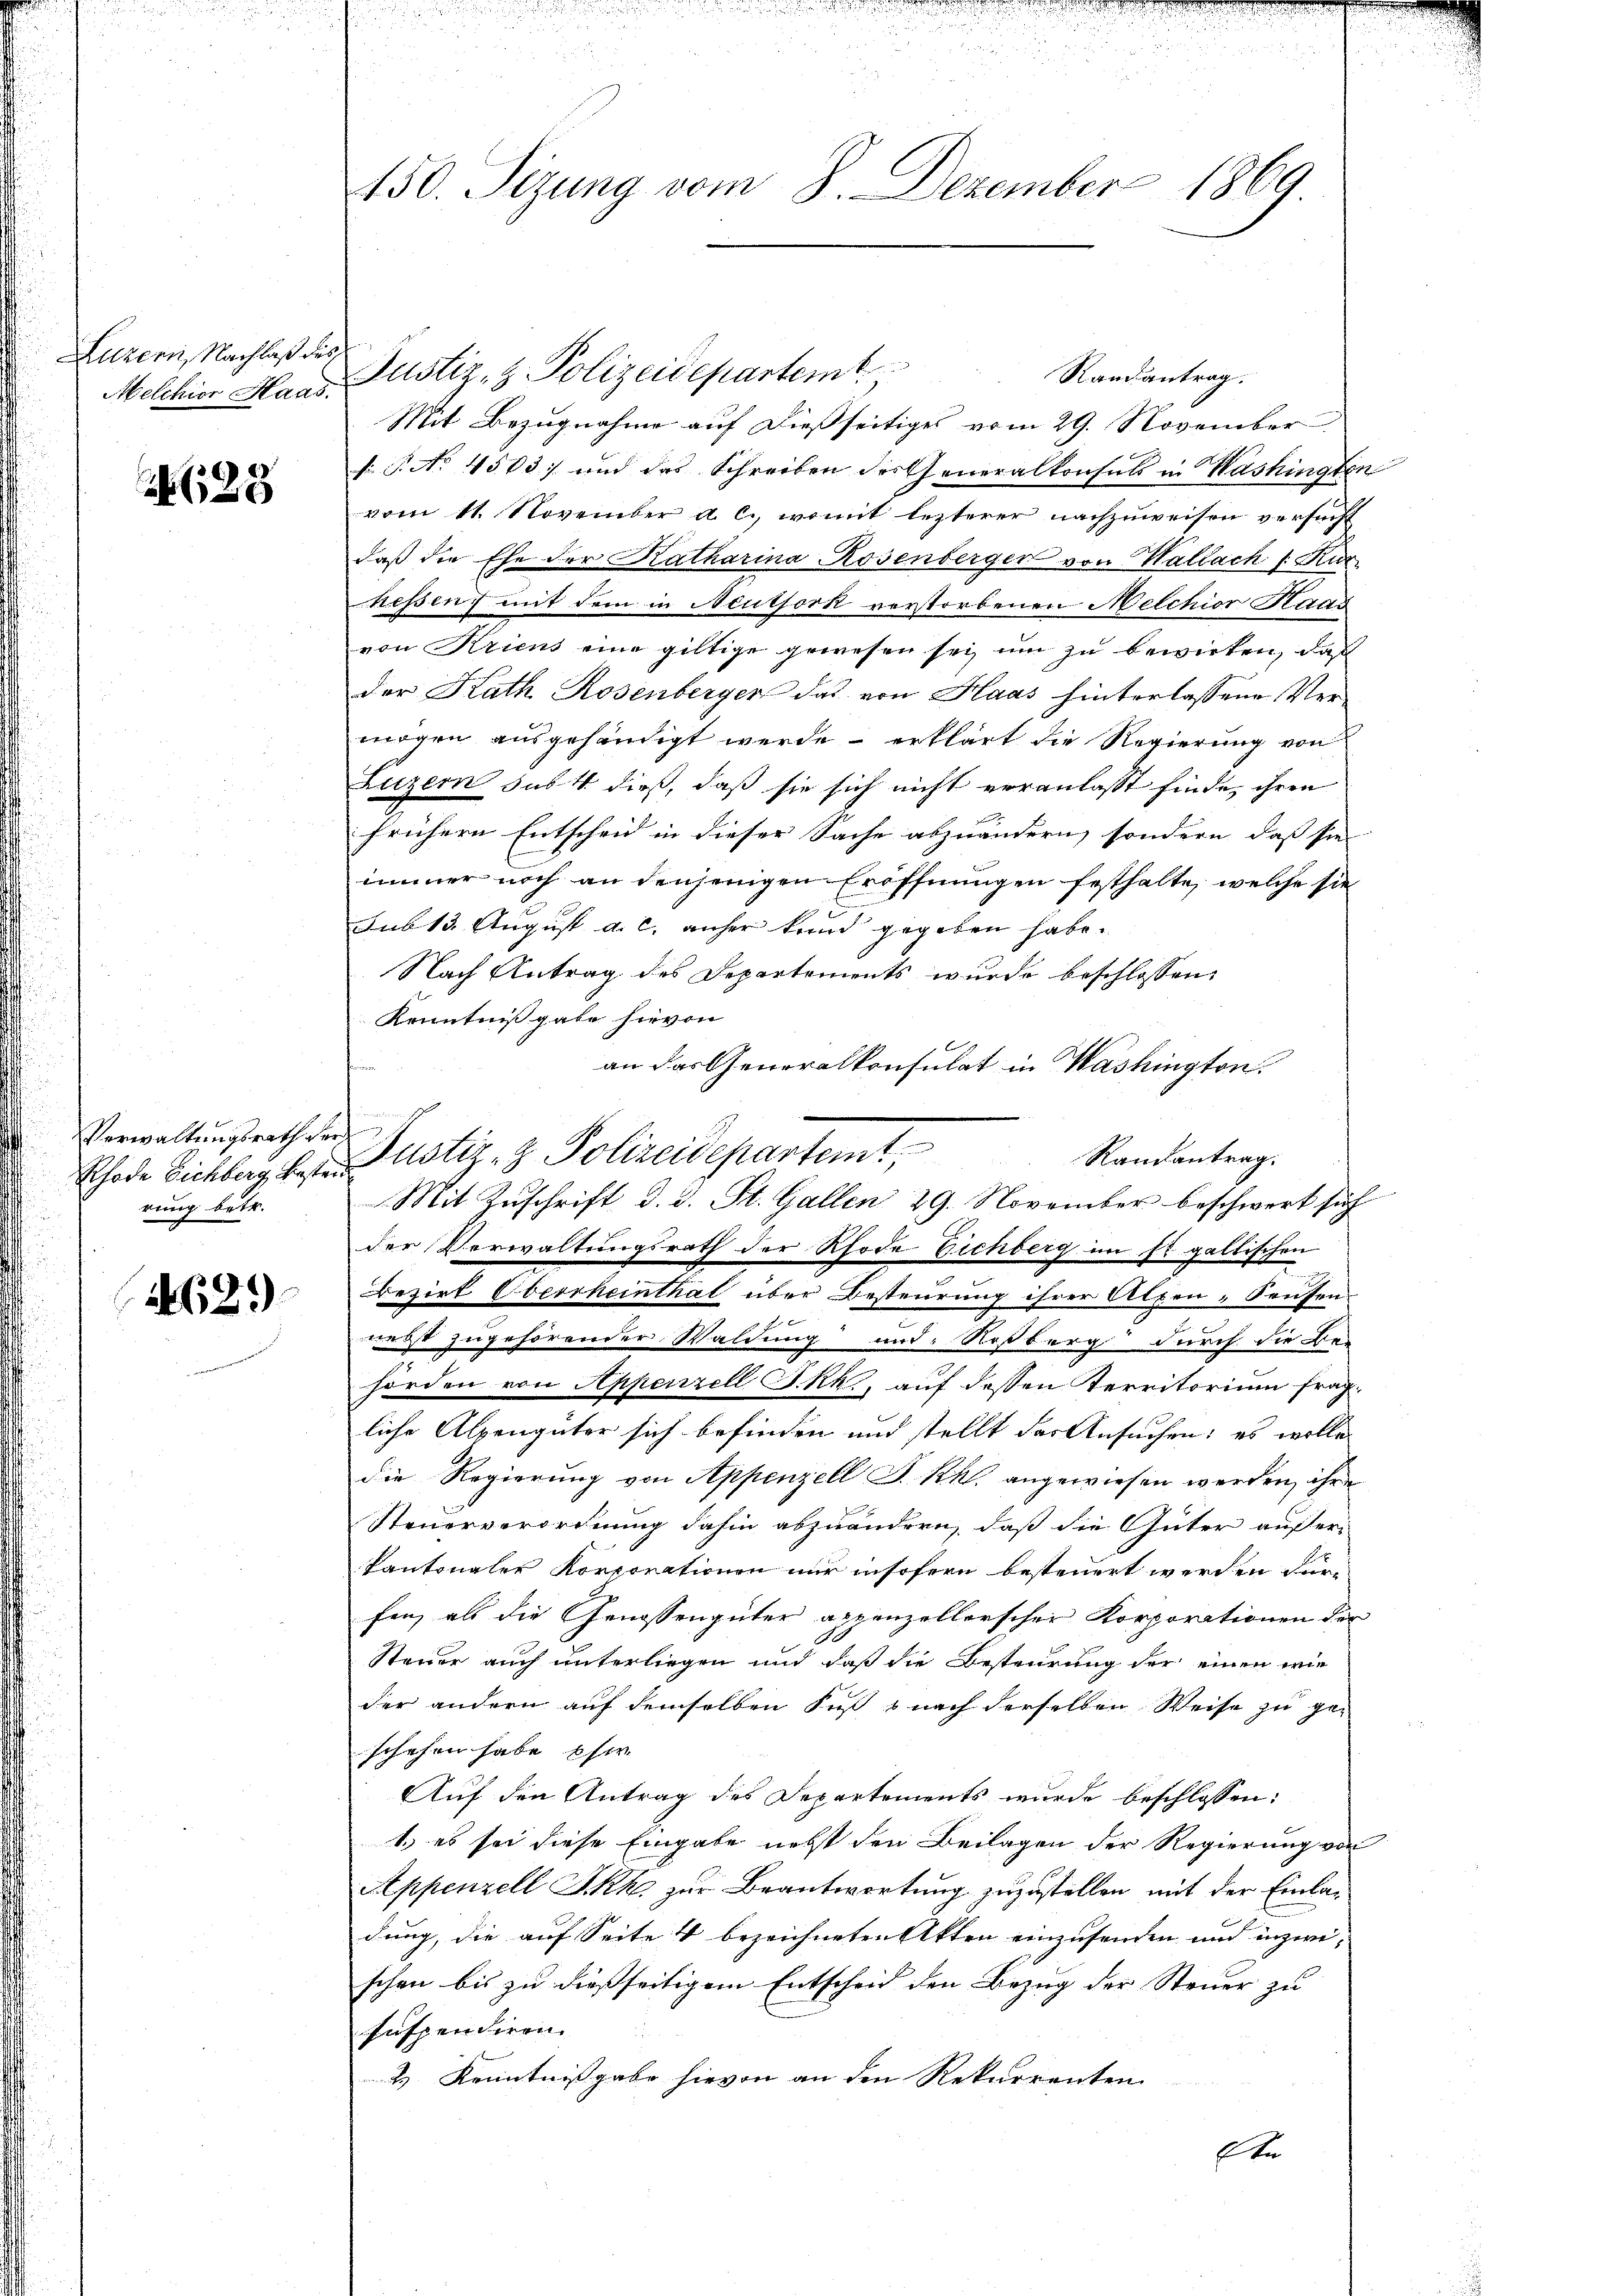
Luzern, Nachlaß des
Melchior Haas.

628

Verwaltungsrath ver
rung betr.

44629

150. Sizung vom 8. Dezember 1869

Justiz- & Polizeidepartem Randantrag.
Mit Bezugnahme auf dießseitiges vom 29. November
f: P. No 4503) und das Schreiben des Generalkonsuls in Washingten
vom 11. November a. c., womit lezterer nachzuweisen versucht
daß die Ehe der Katharina Rosenberger von Wallach /: Kur
hessen; mit dem in Neuthork verstorbenen Melchior Staas
von Kriens eine giltige gewesen sei, um zu bewirken, daß
der Rath Rosenberger das von Haas hinterlassene Vermögen ausgehändigt werde – erklärt die Regierung von
Luzern sus 4 dieß, daß sie sich nicht veranlasst finde, ihren
frühern Entscheid in dieser Sache abzuändern, sondern, dass sie |
immer noch an denjenigen Eröffnungen festhalte, welche sie
sub 13. August a. c. anher kund gegeben habe.
Nach Antrag des Departements wurde beschlossen:
Kenntnißgabe hievon
an das Generalkonsulat in Washington
Rhode Sichberg besten Justiz- & Polizeidepartem Randantrag.
der Verwaltungsrath der Rhode Eichberg im st. gallischen
2
Bezirk Oberrheinthal über Besteurung ihrer Alpen-Seusen-
nebst zugehörender Waldung und Roßberg durch die Be-
hörden von Appenzell I.Rh., auf dessen Territorium fragliche Alpengüter sich befinden und stellt des Ansuchen; es wolle
die Regierung von Appenzell S. Rh. angewiesen werden, ihre
Steuerverordnung dahin abzuändern, daß die Güter außer¬
Pantonaler Korporationen nur insofern besteuert werden dür
fen, als die Genossengüter appenzellerscher Korporationen der
A
Steuer auch unterliegen und daß die Besteurung der einen wie
der andern auf demselben Fuß & nach derselben Weise zu ge-
schehen habe si
Auf den Antrag des Departements wurde beschlossen:
1) es sei diese Eingabe nebst den Beilagen der Regierung von
Appenzell Ikk zur Beantwortung zuzustellen mit der Einladung, die auf Seite 4 bezeichneten Akten einzusenden und inzwi-
schen bis zu dießseitigem Entscheid den Bezug der Steuer zu
suspendiren.
& Kenntnißgabe hievon an den Rekurrenten

Mit Zuschrift d. d. St. Gallen 29. November beschwert sich